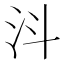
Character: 㳆